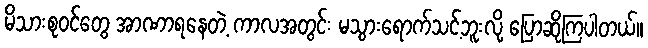
မိသားစုဝင်တွေ အာဏာရနေတဲ့ ကာလအတွင်း မသွားရောက်သင့်ဘူးလို့ ပြောဆိုကြပါတယ်။